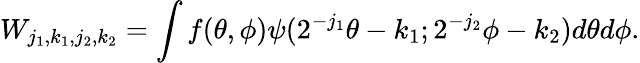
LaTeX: W_{j_{1},k_{1},j_{2},k_{2}}=\int f(\theta,\phi)\psi(2^{-j_{1}}\theta-k_{1};2^{-j_{2}}\phi-k_{2})d\theta d\phi.